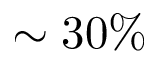
\sim 3 0 \%